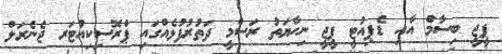
ޕީޖީ ބިސާމް އާއި ޑެޕިއުޓީ ޕީޖީ ނިހާޔަތު ރަސްމީ ދަތުރުފުޅެއްގައި ޕްރޮސިކިއުޓަރ ޖެނެރަލް